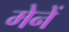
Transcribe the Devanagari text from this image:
मेनें